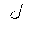
Letter: _lam